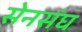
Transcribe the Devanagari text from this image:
सेनसंघ